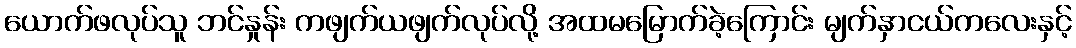
ယောက်ဖလုပ်သူ ဘင်နှုန်း ကဖျက်ယဖျက်လုပ်လို့ အထမမြောက်ခဲ့ကြောင်း မျက်နှာငယ်ကလေးနှင့်